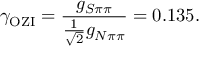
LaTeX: \gamma _ { \mathrm { O Z I } } = \frac { g _ { S \pi \pi } } { \frac { 1 } { \sqrt { 2 } } g _ { N \pi \pi } } = 0 . 1 3 5 .